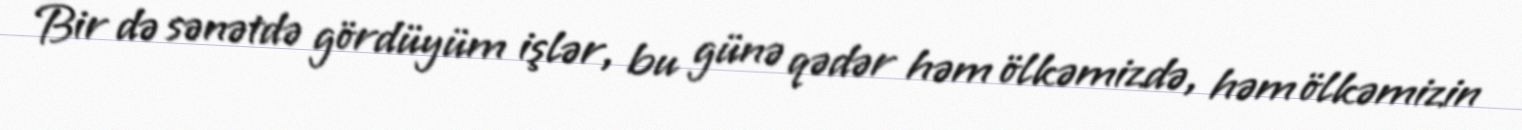
Bir də sənətdə gördüyüm işlər, bu günə qədər həm ölkəmizdə, həm ölkəmizin